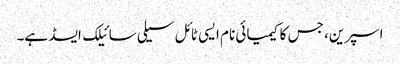
اسپرین، جس کا کیمیائی نام ایسی ٹائل سیلی سائیلک ایسڈ ہے۔